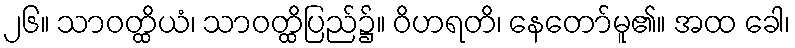
၂၆။ သာဝတ္ထိယံ၊ သာဝတ္ထိပြည်၌။ ဝိဟရတိ၊ နေတော်မူ၏။ အထ ခေါ၊